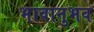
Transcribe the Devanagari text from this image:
भावानुभव